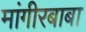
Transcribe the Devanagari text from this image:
मांगीरबाबा